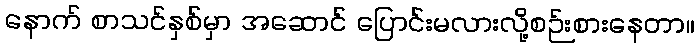
နောက် စာသင်နှစ်မှာ အဆောင် ပြောင်းမလားလို့စဉ်းစားနေတာ။